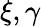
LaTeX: \xi,\gamma